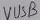
Text: VUSB